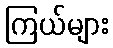
ကြယ်များ